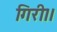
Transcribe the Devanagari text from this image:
गिरी।।